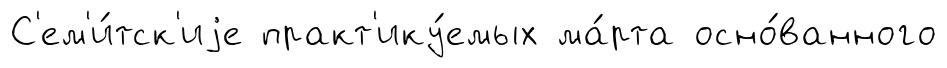
С'ем'и́тск'иjе практ'ику́емых ма́рта осно́ванного